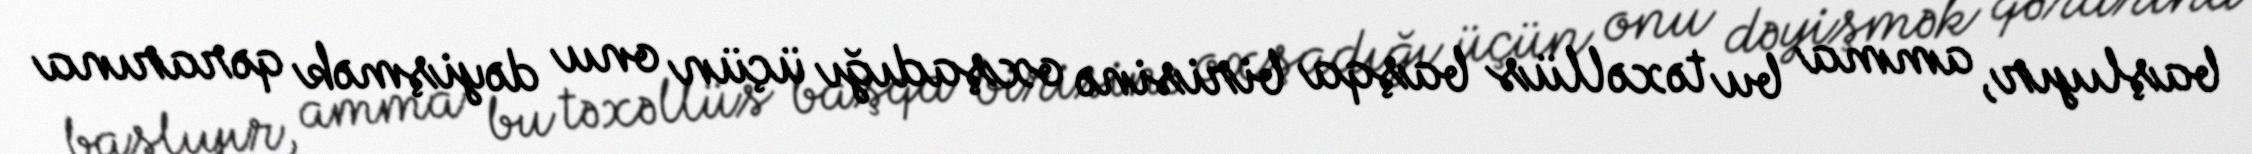
başlıyır, amma bu təxəllüs başqa birisinə oxşadığı üçün onu dəyişmək qərarına